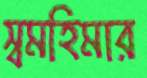
স্বমহিমার